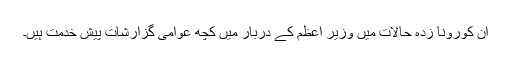
ان کورونا زدہ حالات میں وزیر اعظم کے دربار میں کچھ عوامی گزارشات پیش خدمت ہیں۔